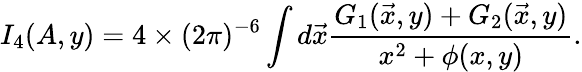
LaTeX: I_{4}(A,y)=4\times{(2\pi)^{-6}}\int d{\vec{x}}{\frac{G_{1}(\vec{x},y)+G_{2}(\vec{x},y)}{x^{2}+\phi(x,y)}}.